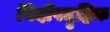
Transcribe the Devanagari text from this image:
निर्दोषदृष्टिक